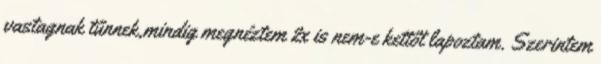
vastagnak tűnnek,mindig megnéztem 2x is nem-e kettőt lapoztam. Szerintem